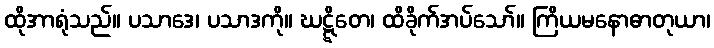
ထိုအာရုံသည်။ ပသာဒေ၊ ပသာဒကို။ ဃဋ္ဋိတေ၊ ထိခိုက်အပ်သော်။ ကြိယမနောဓာတုယာ၊